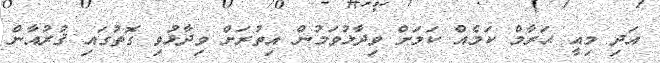
އަދި މިއީ ޙަރާމް ކަމެއް ކަމަށް ވިދާޅުވަމުން އިތުރަށް ވިދާޅުވި ގޮތުގައި ޤުރުއާން